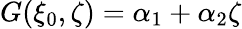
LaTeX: G(\xi_{0},\zeta)=\alpha_{1}+\alpha_{2}\zeta